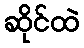
ဆိုင်ထဲ